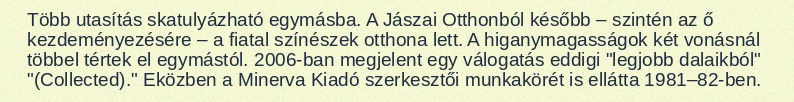
Több utasítás skatulyázható egymásba. A Jászai Otthonból később – szintén az ő kezdeményezésére – a fiatal színészek otthona lett. A higanymagasságok két vonásnál többel tértek el egymástól. 2006-ban megjelent egy válogatás eddigi "legjobb dalaikból" "(Collected)." Eközben a Minerva Kiadó szerkesztői munkakörét is ellátta 1981–82-ben.